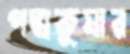
পদ্মকুমার